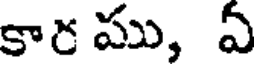
కార ము, ఏ